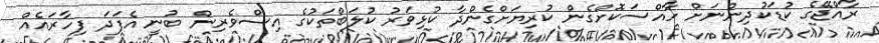
ރާއްޖޭގެ ކުޑަކުދިންނަށް ހާއްސަކޮށްގެން ކުރިޔަށްގެންދާ ކުޅިވަރު ކުލަބްތަކުގެ އިސްވެރިން ބުނީ އެފަދަ ފިހާރައެއް